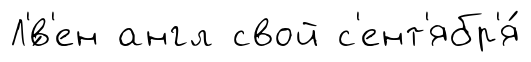
Л'́в'ен англ свой с'ент'ябр'я́